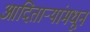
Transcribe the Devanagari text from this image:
आदितार्‍यांमधून